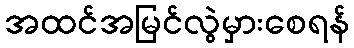
အထင်အမြင်လွဲမှားစေရန်